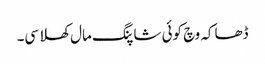
ڈھاکہ وچ کوئی شاپنگ مال کھلا سی۔